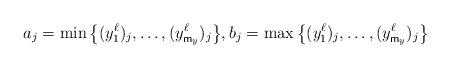
\begin{align*}a_j=\min\big\{(y_1^\ell)_j,\ldots,(y_{\mathsf m_y}^\ell)_j\big\},b_j=\max\big\{(y_1^\ell)_j,\ldots,(y_{\mathsf m_y}^\ell)_j\big\}\end{align*}